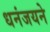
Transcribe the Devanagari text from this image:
धनंजयने